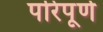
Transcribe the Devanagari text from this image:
परिपूर्ण